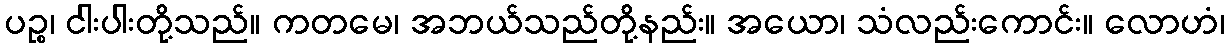
ပဉ္စ၊ ငါးပါးတို့သည်။ ကတမေ၊ အဘယ်သည်တို့နည်း။ အယော၊ သံလည်းကောင်း။ လောဟံ၊